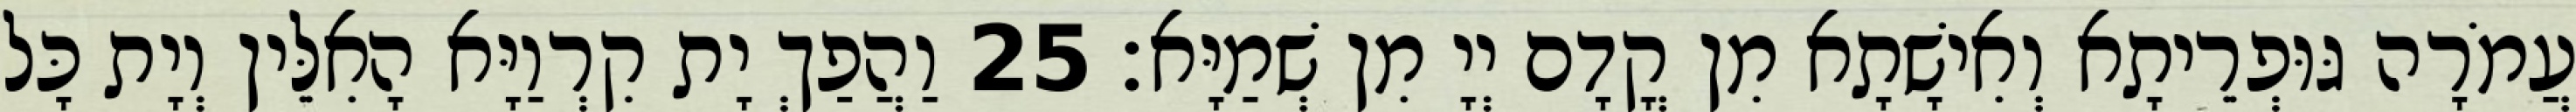
עֲמֹרָה גּוּפְרֵיתָא וְאִישָׁתָא מִן קֳדָם יְיָ מִן שְׁמַיָּא׃ 25 וַהֲפַךְ יָת קִרְוַיָּא הָאִלֵּין וְיָת כָּל